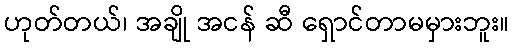
ဟုတ်တယ်၊ အချို အငန် ဆီ ရှောင်တာမမှားဘူး။